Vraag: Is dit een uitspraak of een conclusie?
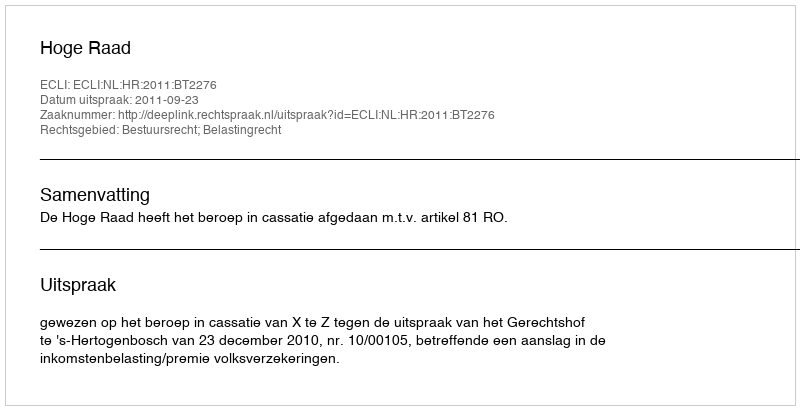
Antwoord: Uitspraak